Account of plague administration in the Bombay Presidency from September 1896 till May 1897
Year: 1896
Disease focus: Plague
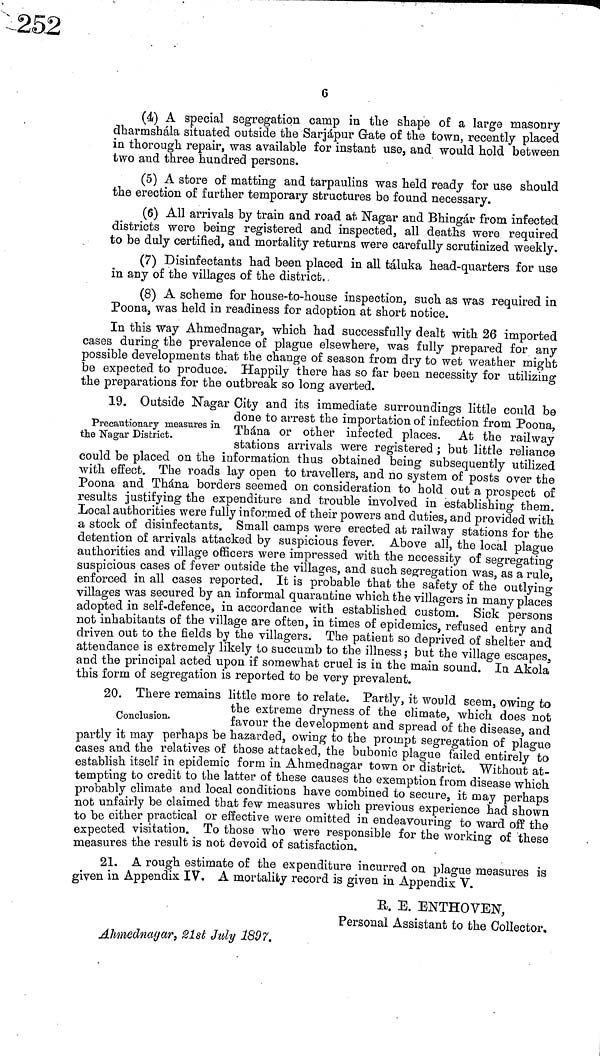
6
(4) A special segregation camp in the shape of a large masonry
dharmshála situated outside the Sarjápur Grate of the town, recently placed
in thorough repair, was available for instant use, and would hold between
two and three hundred persons.
(5) A store of matting and tarpaulins was held ready for use should
the erection of further temporary structures be found necessary.
(6) All arrivals by train and road at. Nagar and Bhingár from infected
districts were being registered and inspected, all deaths were required
to be duly certified, and mortality returns were carefully scrutinized weekly.
(7) Disinfectants had been placed in all táluka head-quarters for use
in any of the villages of the district.
(8) A scheme for house-to-house inspection, such as was required in
Poona, was held in readiness for adoption at short notice.
In this way Ahmednagar, which had successfully dealt with 26 imported
cases during the prevalence of plague elsewhere, was fully prepared for any
possible developments that the change of season from dry to wet weather might
be expected to produce. Happily there has so far been necessity for utilizing
the preparations for the outbreak so long averted.
Precautionary measures in
the Nagar District.
19. Outside Nagar City and its immediate surroundings little could be
done to arrest the importation of infection from Poona,
Thána or other infected places. At the railway
stations arrivals were registered ; but little reliance
could be placed on the information thus obtained being subsequently utilized
with effect. The roads lay open to travellers, and no system of posts over the
Poona and Thána borders seemed on consideration to hold out a prospect of
results justifying the expenditure and trouble involved in establishing them.
Local authorities were fully informed of their powers and duties, and provided with
a stock of disinfectants. Small camps were erected at railway stations for the
detention of arrivals attacked by suspicious fever. Above all, the local plague
authorities and village officers were impressed with the necessity of segregating
suspicious cases of fever outside the villages, and such segregation was, as a rule,
enforced in all cases reported. It is probable that the safety of the outlying
villages was secured by an informal quarantine which the villagers in many places
adopted in self-defence, in accordance with established custom. Sick persons
not inhabitants of the village are often, in times of epidemics, refused entry and
driven out to the fields by the villagers. The patient so deprived of shelter and
attendance is extremely likely to succumb to the illness ; but the village escapes,
and the principal acted upon if somewhat cruel is in the main sound. In Akola
this form of segregation is reported to be very prevalent.
Conclusion.
20. There remains little more to relate. Partly, it would seem, owing to
the extreme dryness or the climate, which does not
favour the development and spread of the disease, and
partly it may perhaps be hazarded, owing to the prompt segregation of plague
cases and the relatives of those attacked, the bubonic plague failed entirely to
establish itself in epidemic form in Ahmednagar town or district. Without at-
tempting to credit to the latter of these causes the exemption from disease which
probably climate and local conditions have combined to secure, it may perhaps
not unfairly be claimed that few measures which previous experience had shown
to be either practical or effective were omitted in endeavouring to ward off the
expected visitation. To those who were responsible for the working of these
measures the result is not devoid of satisfaction.
21. A rough estimate of the expenditure incurred on plague measures is
given in Appendix IV. A mortality record is given in Appendix V.
K. E. ENTHOVEN,
Personal Assistant to the Collector.
Ahmednagar, 21st July 1897.